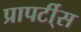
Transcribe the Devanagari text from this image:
प्रापर्टी्स